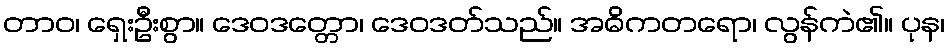
တာဝ၊ ရှေးဦးစွာ။ ဒေဝဒတ္တော၊ ဒေဝဒတ်သည်။ အဓိကတရော၊ လွန်ကဲ၏။ ပုန၊